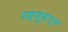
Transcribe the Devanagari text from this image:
रज्जूमार्ग